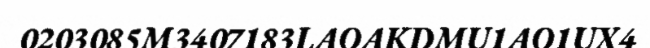
0203085M3407183LAOAKDMU1AO1UX4